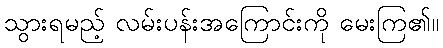
သွားရမည့် လမ်းပန်းအကြောင်းကို မေးကြ၏။